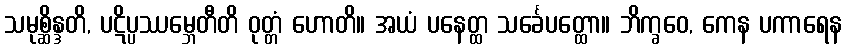
သမုစ္ဆိန္ဒတိ, ပဋိပ္ပဿမ္ဘေတီတိ ဝုတ္တံ ဟောတိ။ အယံ ပနေတ္ထ သင်္ခေပတ္ထော။ ဘိက္ခဝေ, ကေန ပကာရေန